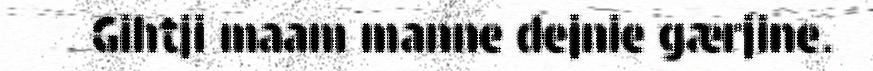
Gihtji maam manne dejnie gærjine.